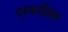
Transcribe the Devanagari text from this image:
एम्फसिस